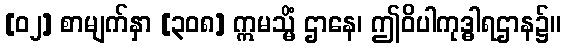
[၀၂] စာမျက်နှာ [၃၀၈] ဣမသ္မိံ ဌာနေ၊ ဤဝိပါကုဒ္ဓါရဌာန၌။